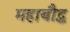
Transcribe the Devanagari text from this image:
महाबौद्ध